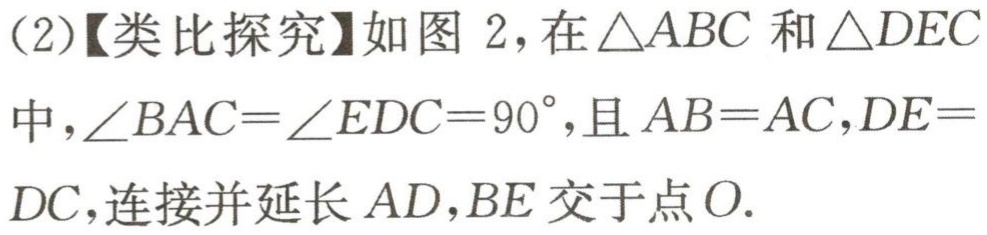
(2)【类比探究】如图 2，在\(\triangle ABC\)和\(\triangle DEC\)中，\(\angle BAC = \angle EDC = 90^{\circ}\)，且\(AB = AC\)，\(DE = DC\)，连接并延长\(AD\)，\(BE\)交于点\(O\).